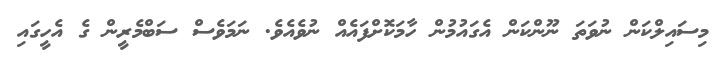
މިސައިލްކަން ނުވަތަ ނޫންކަން އެގައުމުން ހާމަކޮށްފައެއް ނުވެއެވެ. ނަމަވެސް ސަބްމެރީން ގެ އެހީގައި